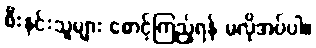
စီးနင်းသူများ စောင့်ကြည့်ရန် မလိုအပ်ပါ။